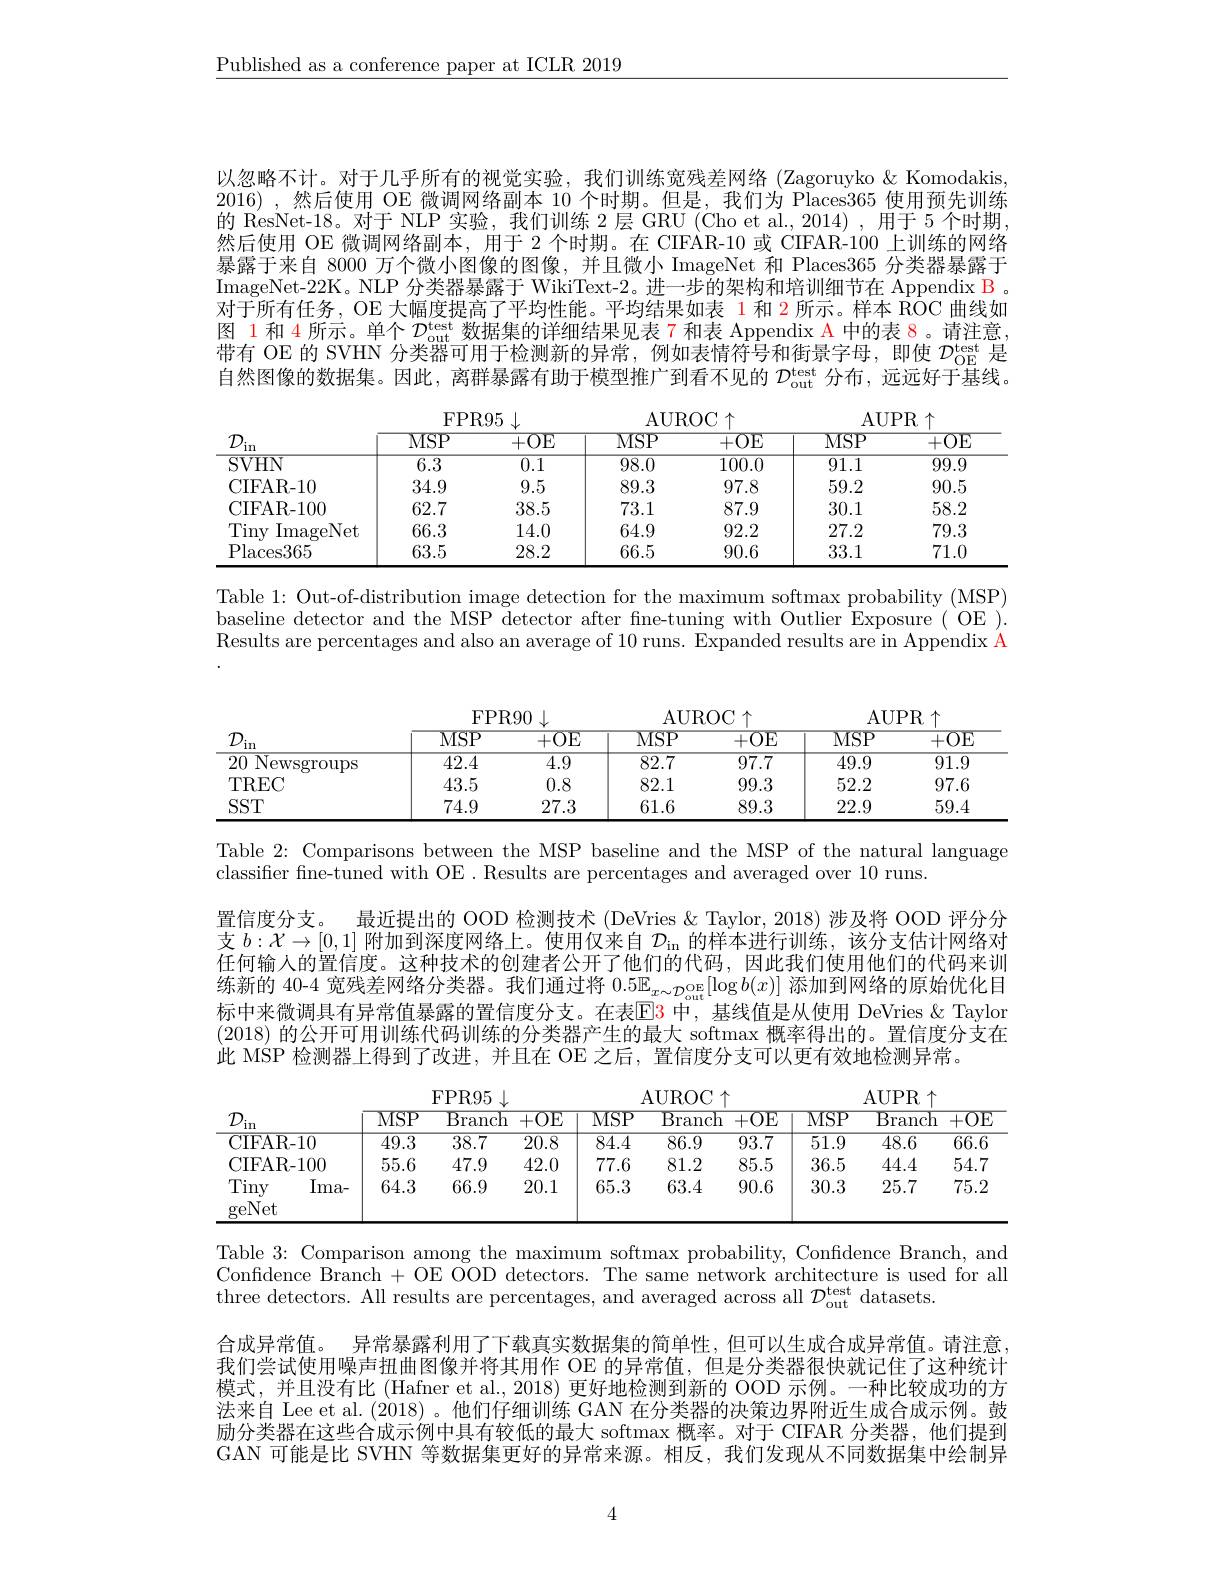
$\underline{\text{Published as a conference paper at ICLR 2019}}$

以忽略不计。对于几乎所有的视觉实验，我们训练宽残差网络 (Zagoruyko&Komodakis 2016),然后使用 OE 微调网络副本 10 个时期。但是，我们为 Places365 使用预先训练的 ResNet-18。对于 NLP 实验，我们训练 2 层 GRU (Cho et al., 2014) , 用于 5 个时期然后使用 OE 微调网络副本，用于 2 个时期。在 CIFAR-10 或 CIFAR-100 上训练的网络暴露于来自 8000 万个微小图像的图像，并且微小 ImageNet 和 Places365 分类器暴露于ImageNet-22K。NLP 分类器暴露于 WikiText-2。进一步的架构和培训细节在 Appendix B , 对于所有任务，OE 大幅度提高了平均性能。平均结果如表 1 和 2 所示。样本 ROC 曲线如图 1 和 4 所示。单个$\mathcal{D}_\mathrm{out}^\mathrm{test}$数据集的详细结果见表 7 和表 Appendix A 中的表 8。请注意， 带有 OE 的 SVHN 分类器可用于检测新的异常，例如表情符号和街景字母，即使$\mathcal{D}_\mathrm{OE}^\mathrm{test}$是自然图像的数据集。因此，离群暴露有助于模型推广到看不见的$\mathcal{D}_\mathrm{out}^\mathrm{test}$分布，远远好于基线。

<table>
	<tbody>
		<tr>
			<th>$\mathcal{D}$</th>
			<th>MSP</th>
			<th>+OE</th>
			<th>$MSP$</th>
			<th>+OE</th>
			<th>MSP</th>
			<th>+0E</th>
		</tr>
		<tr>
			<td>SVHN</td>
			<td>$\overline{6.3}$</td>
			<td>0.1</td>
			<td>98.0</td>
			<td>100.0</td>
			<td>91.1</td>
			<td>99.9</td>
		</tr>
		<tr>
			<td>CIFAR- 10</td>
			<td>34.9</td>
			<td>9.5</td>
			<td>89.3</td>
			<td>97.8</td>
			<td>59.2</td>
			<td>90.5</td>
		</tr>
		<tr>
			<td>CIFAR- 100</td>
			<td>62.7</td>
			<td>38.5</td>
			<td>73.1</td>
			<td>87.9</td>
			<td>30.1</td>
			<td>58.2</td>
		</tr>
		<tr>
			<td>Tiny ImageNet</td>
			<td>66.3</td>
			<td>14.0</td>
			<td>64.9</td>
			<td>92.2</td>
			<td>27.2</td>
			<td>79.3</td>
		</tr>
		<tr>
			<td>Places365</td>
			<td>63.5</td>
			<td>28.2</td>
			<td>66.5</td>
			<td>90.6</td>
			<td>33.1</td>
			<td>71.0</td>
		</tr>
	</tbody>
</table>

Table 1: Out-of-distribution image detection for the maximum softmax probability (MSP) baseline detector and the MSP $\overset{\text{U}}{\operatorname*{\operatorname*{detector}}}$ after fne-tuning with Outlier Exposure( OE ). Results are percentages and also an average of 10 runs. Expanded results are in Appendix A

AUPR$\uparrow$
<table>
	<tbody>
		<tr>
			<th>$\mathcal{D}$ $in$ 1</th>
			<th>MSP</th>
			<th>+OE</th>
			<th>MSP</th>
			<th>+OE</th>
			<th>MSP</th>
			<th>+OE</th>
		</tr>
		<tr>
			<td>${\overline{20}}{\mathrm{~Newsgroups}}$</td>
			<td>42.4</td>
			<td>4.9</td>
			<td>82.7</td>
			<td>97.7</td>
			<td>$\overline{49.9}$</td>
			<td>91.9</td>
		</tr>
		<tr>
			<td>TREC</td>
			<td>43.5</td>
			<td>0.8</td>
			<td>82.1</td>
			<td>99.3</td>
			<td>52.2</td>
			<td>97.6</td>
		</tr>
		<tr>
			<td>$SST$</td>
			<td>74.9</td>
			<td>27.3</td>
			<td>61.6</td>
			<td>89.3</td>
			<td>22.9</td>
			<td>59.4</td>
		</tr>
	</tbody>
</table>

AUROC$\uparrow$
FPR90$\downarrow$

Table 2: Comparisons between the MSP baseline and the MSP of the natural language
classifier fine-tuned with OE . Results are percentages and averaged over 10 runs.
置信度分支。
最近提出的 OOD 检测技术 (DeVries & Taylor, 2018) 涉及将 OOD 评分分
支$b:\mathcal{X}\to[0,1]$附加到深度网络上。使用仅来自$D_\mathrm{in}$的样本进行训练，该分支估计网络对任何输人的置信度。这种技术的创建者公开了他们的代码，因此我们使用他们的代码来训练新的 40-4 宽残差网络分类器。我们通过将$0.5\mathbb{E}_{x\sim\mathcal{D}_\mathrm{out}^\mathrm{oE}[\log b(x)]\text{ 添加到网络的原始优化目}}$ 标中来微调具有异常值暴露的置信度分支。在表$\color{red}{\mathrm{E}}\color{blue}{\mathrm{B}}$ 中，基线值是从使用 DeVries &Taylor (2018)的公开可用训练代码训练的分类器产生的最大 softmax 概率得出的。置信度分支在此 MSP 检测器上得到了改进，并且在 OE 之后，置信度分支可以更有效地检测异常。

AUPR$\uparrow$
<table>
	<tbody>
		<tr>
			<th>$\mathcal{D}$ in</th>
			<th>MSP</th>
			<th>$\overline{{\mathrm{Branch}}}$</th>
			<th>+OE</th>
			<th>$\overline{\mathrm{MSP}}$</th>
			<th>$\operatorname{Branch}$</th>
			<th>+OE</th>
			<th>MSP</th>
			<th>${\overline{{\mathrm{Branch}}}}$</th>
			<th>+OE</th>
		</tr>
		<tr>
			<td>CIFAR- 10</td>
			<td>$\overline{49.3}$</td>
			<td>38.7</td>
			<td>$\overline{20.8}$</td>
			<td>$\overline{84.4}$</td>
			<td>86.9</td>
			<td>93.7</td>
			<td>$\overline{51.9}$</td>
			<td>48.6</td>
			<td>$\overline{66.6}$</td>
		</tr>
		<tr>
			<td>CIFAR- 100</td>
			<td>55.6</td>
			<td>47.9</td>
			<td>42.0</td>
			<td>77.6</td>
			<td>81.2</td>
			<td>85.5</td>
			<td>36.5</td>
			<td>44.4</td>
			<td>54.7</td>
		</tr>
		<tr>
			<td>Tiny Ima- geNet</td>
			<td>64.3</td>
			<td>66.9</td>
			<td>20.1</td>
			<td>65.3</td>
			<td>63.4</td>
			<td>90.6</td>
			<td>30.3</td>
			<td>25.7</td>
			<td>75.2</td>
		</tr>
	</tbody>
</table>

FPR95$\downarrow$
AUROC$\uparrow$

Table 3: Comparison among the maximum softmax probability, Confidence Branch, and Confidence Branch + OE OOD detectors. The same network architecture is used for all three detectors. All results are percentages, and averaged across all $\mathcal{D}_\mathrm{out}^\mathrm{test}$ datasets.

合成异常值。异常暴露利用了下载真实数据集的简单性，但可以生成合成异常值。请注意我们尝试使用噪声扭曲图像并将其用作 OE 的异常值，但是分类器很快就记住了这种统计模式，并且没有比 (Hafner et al., 2018) 更好地检测到新的 OOD 示例。一种比较成功的方法来自 Lee et al. (2018) 。他们仔细训练 GAN 在分类器的决策边界附近生成合成示例。鼓励分类器在这些合成示例中具有较低的最大 softmax 概率。对于 CIFAR 分类器，他们提到GAN 可能是比 SVHN 等数据集更好的异常来源。相反，我们发现从不同数据集中绘制异

4